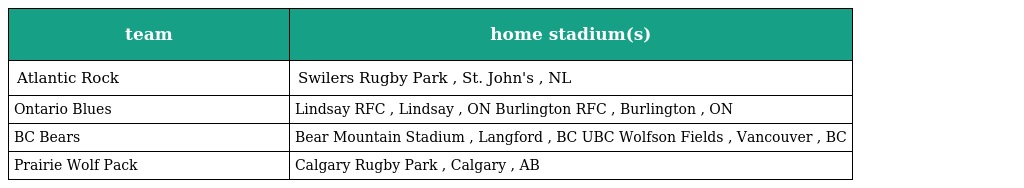
| team | home stadium(s) |
 | --- | --- |
 | Atlantic Rock | Swilers Rugby Park , St. John's , NL |
 | Ontario Blues | Lindsay RFC , Lindsay , ON Burlington RFC , Burlington , ON |
 | BC Bears | Bear Mountain Stadium , Langford , BC UBC Wolfson Fields , Vancouver , BC |
 | Prairie Wolf Pack | Calgary Rugby Park , Calgary , AB |